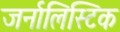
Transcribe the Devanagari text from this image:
जर्नालिस्टिक